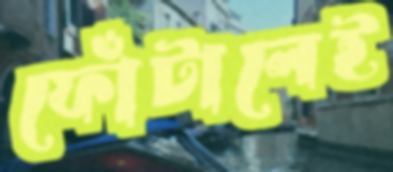
ফোঁটালেই